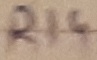
Text: R14